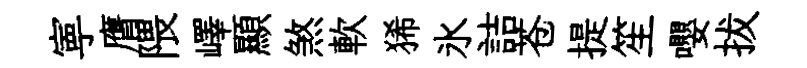
寕膺隈嶧顯煞軟狶氷詰苍提笙嚶拔